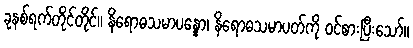
ခုနစ်ရက်တိုင်တိုင်။ နိရောဓသမာပန္နော၊ နိရောဓသမာပတ်ကို ဝင်စားပြီးသော်။